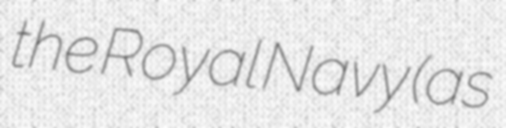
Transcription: the Royal Navy (as